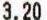
3.20